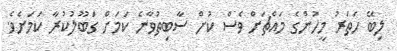
ލިބޭ ހަތަރު މީހުންގެ މައްޗަށް ވެސް ކުށް ސާބިތުވާނެ ކަމަށް ގަބޫލުކުރާ ކަމަށެވެ.